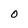
Character: 0